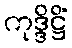
ကုဒ္ဒိဋ္ဌိံ